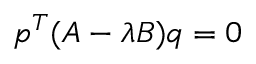
p ^ { T } ( A - \lambda B ) q = 0